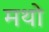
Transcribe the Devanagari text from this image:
मथो